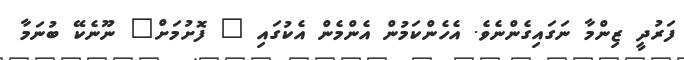
ފަރުދީ ޒިންމާ ނަގައިގެންނެވެ. އެހެންކަމުން އެންމެން އެކުގައި " ފޮށުމަށް" ނޫނެކޭ ބުނަމާ